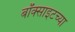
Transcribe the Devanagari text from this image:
बॉक्साइटच्या